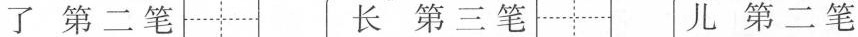
了第二笔长第三笔儿第二笔